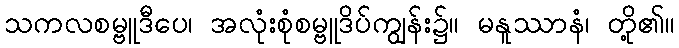
သကလစမ္ဗူဒီပေ၊ အလုံးစုံစမ္ဗူဒိပ်ကျွန်း၌။ မနူဿာနံ၊ တို့၏။